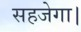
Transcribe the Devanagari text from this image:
सहजेगा।